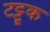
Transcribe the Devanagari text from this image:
टट्टूक